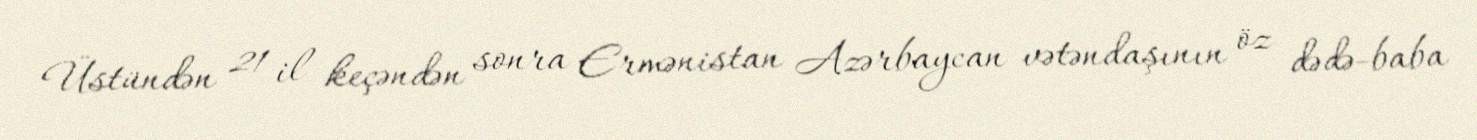
Üstündən 21 il keçəndən sonra Ermənistan Azərbaycan vətəndaşının öz dədə-baba